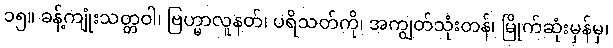
၁၅။ ခန့်ကျုံးသတ္တဝါ၊ ဗြဟ္မာလူနတ်၊ ပရိသတ်ကို၊ အကျွတ်သုံးတန်၊ မြိုက်ဆုံးမှန်မှ၊